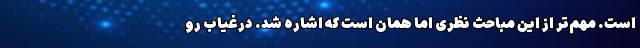
است. مهم‌تر از این مباحث نظری اما همان است که اشاره شد. درغیاب رو